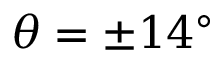
\theta = \pm 1 4 ^ { \circ }